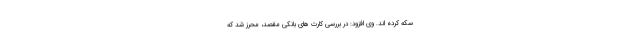
سکه کرده اند. وی افزود: در بررسی کارت های بانکی مقصد، محرز شد که